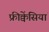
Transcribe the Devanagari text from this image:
फ्रीक्वेंसियां